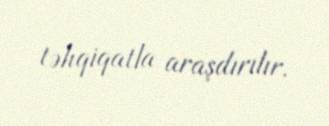
təhqiqatla araşdırılır.